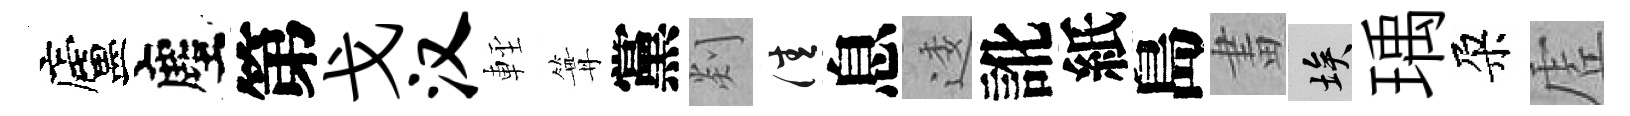
廬塵第戈汉䡖篝黨剡佳息逶訛紙島畫埃瑀朶虗